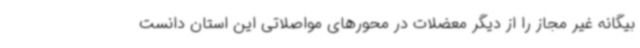
بیگانه غیر مجاز را از دیگر معضلات در محورهای مواصلاتی این استان دانست